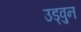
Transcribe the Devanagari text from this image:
उड्वुन